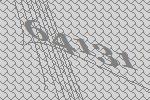
64131